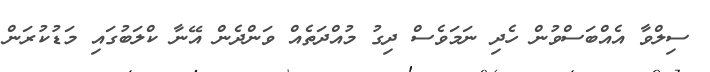
ސިލްވާ އެއްބަސްވުން ހެދި ނަމަވެސް ދިގު މުއްދަތެއް ވަންދެން އޭނާ ކްލަބުގައި މަޑުކުރަން